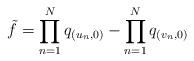
LaTeX: \begin{align*}\tilde{f} = \prod_{n=1}^N q_{(u_n,0)} - \prod_{n=1}^N q_{(v_n,0)}\end{align*}